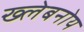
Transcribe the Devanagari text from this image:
ख्लेबनोय